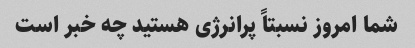
شما امروز نسبتاً پرانرژی هستید چه خبر است